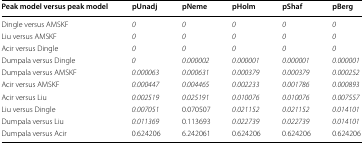
<table><thead><tr><td><b>Peak model versus peak model</b></td><td><b>pUnadj</b></td><td><b>pNeme</b></td><td><b>pHolm</b></td><td><b>pShaf</b></td><td><b>pBerg</b></td></tr></thead><tbody><tr><td>Dingle versus AMSKF</td><td><i>0</i></td><td><i>0</i></td><td><i>0</i></td><td><i>0</i></td><td><i>0</i></td></tr><tr><td>Liu versus AMSKF</td><td><i>0</i></td><td><i>0</i></td><td><i>0</i></td><td><i>0</i></td><td><i>0</i></td></tr><tr><td>Acir versus Dingle</td><td><i>0</i></td><td><i>0</i></td><td><i>0</i></td><td><i>0</i></td><td><i>0</i></td></tr><tr><td>Dumpala versus Dingle</td><td><i>0</i></td><td><i>0.000002</i></td><td><i>0.000001</i></td><td><i>0.000001</i></td><td><i>0.000001</i></td></tr><tr><td>Dumpala versus AMSKF</td><td><i>0.000063</i></td><td><i>0.000631</i></td><td><i>0.000379</i></td><td><i>0.000379</i></td><td><i>0.000252</i></td></tr><tr><td>Acir versus AMSKF</td><td><i>0.000447</i></td><td><i>0.004465</i></td><td><i>0.002233</i></td><td><i>0.001786</i></td><td><i>0.000893</i></td></tr><tr><td>Acir versus Liu</td><td><i>0.002519</i></td><td><i>0.025191</i></td><td><i>0.010076</i></td><td><i>0.010076</i></td><td><i>0.007557</i></td></tr><tr><td>Liu versus Dingle</td><td><i>0.007051</i></td><td>0.070507</td><td><i>0.021152</i></td><td><i>0.021152</i></td><td><i>0.014101</i></td></tr><tr><td>Dumpala versus Liu</td><td><i>0.011369</i></td><td>0.113693</td><td><i>0.022739</i></td><td><i>0.022739</i></td><td><i>0.014101</i></td></tr><tr><td>Dumpala versus Acir</td><td>0.624206</td><td>6.242061</td><td>0.624206</td><td>0.624206</td><td>0.624206</td></tr></tbody></table>